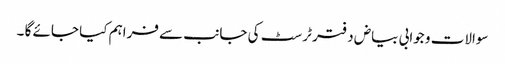
سوالات و جوابی بیاض دفتر ٹرسٹ کی جانب سے فراہم کیا جائے گا ۔